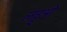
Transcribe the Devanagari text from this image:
लड्डूओं